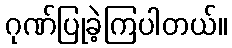
ဂုဏ်ပြုခဲ့ကြပါတယ်။